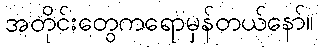
အတိုင်းတွေကရောမှန်တယ်နော်။